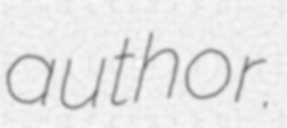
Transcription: author.